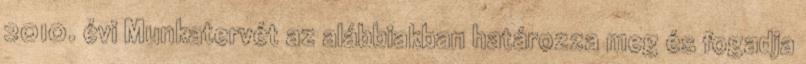
2010. évi Munkatervét az alábbiakban határozza meg és fogadja